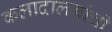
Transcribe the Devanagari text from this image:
कलादालनांची